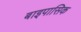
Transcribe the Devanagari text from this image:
बाइपासिक